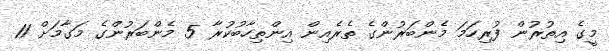
މީގެ އިތުރުން ފުރިހަމަ މެންބަރުންގެ ތެރެއިން އިންތިހާބުކުރާ 5 މެންބަރުންގެ މަގާމަށް 11